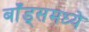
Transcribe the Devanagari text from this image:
बाँड्समध्ये